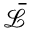
\bar { \mathcal L }